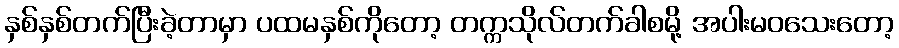
နှစ်နှစ်တက်ပြီးခဲ့တာမှာ ပထမနှစ်ကိုတော့ တက္ကသိုလ်တက်ခါစမို့ အပါးမဝသေးတော့